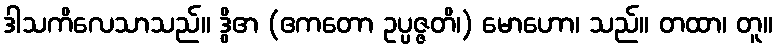
ဒါသကိလေသာသည်။ ဒွိဧာ (ဧကတော ဥပ္ပဇ္ဇတိ၊) မောဟော၊ သည်။ တထာ၊ တူ။